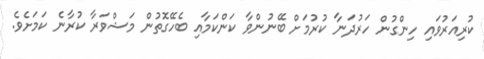
ކުރިއަރުވައި ހިންގުން ހަރުދަނާ ކުރުމަށް ބޭނުންވާ ކަންކަމާއި ބެހޭގޮތުން މަޝްވަރާ ކުރާނެ ކަމަށެވެ.